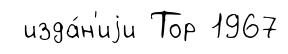
изда́н'иjи Тор 1967